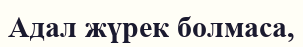
Адал жүрек болмаса,